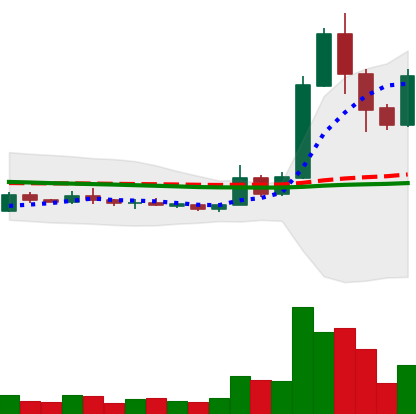
Ticker: XRP-USD
Chart end date: 2019-05-19
Forward return: -7.938%
Label: down_7plus